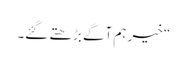
“ خیر ہم آگے بڑھتے گئے۔